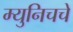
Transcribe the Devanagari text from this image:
म्युनिचचे